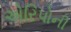
એરિપોની